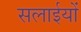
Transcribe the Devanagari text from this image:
सलाईयों